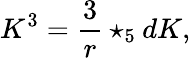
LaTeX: K^{3}={\frac{3}{r}}\star_{5}dK,